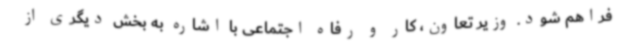
فراهم شود. وزیر تعاون، کار و رفاه اجتماعی با اشاره به بخش دیگری از